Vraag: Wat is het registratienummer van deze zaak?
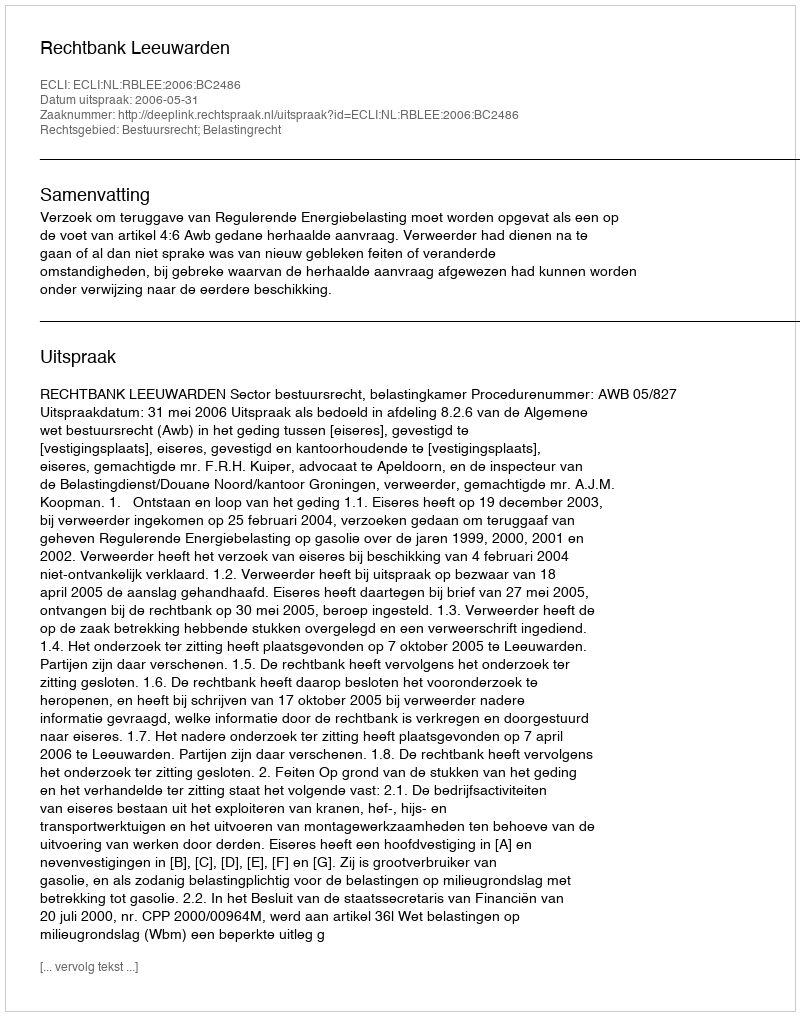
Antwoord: http://deeplink.rechtspraak.nl/uitspraak?id=ECLI:NL:RBLEE:2006:BC2486